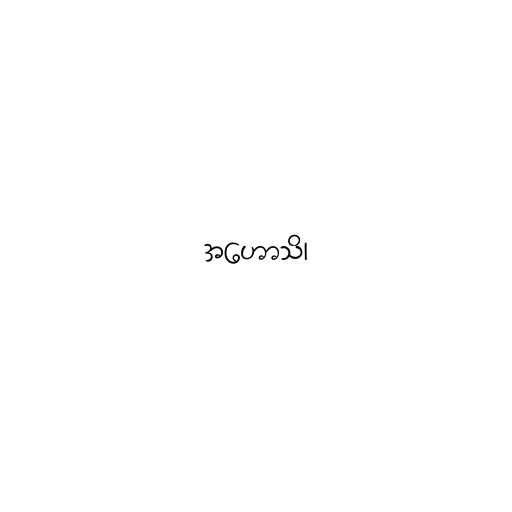
အဟောသိ၊